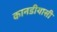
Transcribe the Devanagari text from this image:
कानडीयासी